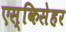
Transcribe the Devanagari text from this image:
एस्किसेहर